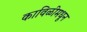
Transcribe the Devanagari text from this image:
काविळीमधून